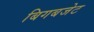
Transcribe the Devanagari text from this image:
बिगबजेट